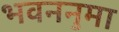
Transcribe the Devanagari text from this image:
भवननुमा